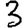
Digit: 3